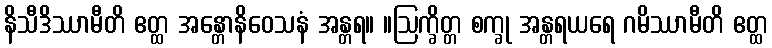
နိသီဒိဿာမီတိ ဧတ္ထ အန္တောနိဝေသနံ အန္တရ။ ။ဩက္ခိတ္တ စက္ခု အန္တရယရေ ဂမိဿာမီတိ ဧတ္ထ